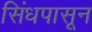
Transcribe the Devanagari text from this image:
सिंधपासून